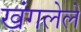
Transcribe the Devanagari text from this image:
खंगलेले